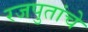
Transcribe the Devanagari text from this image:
रजपुतांचे